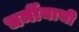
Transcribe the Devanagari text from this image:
धर्मीयाची